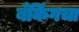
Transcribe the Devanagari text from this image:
बँकिंगचा